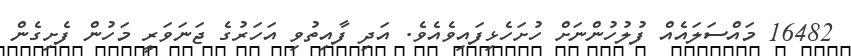
16482 މައްސަލައެއް ފުލުހުންނަށް ހުށަހެޅިފައިވެއެވެ. އަދި ފާއިތުވި އަހަރުގެ ޖަނަވަރީ މަހުން ފެށިގެން